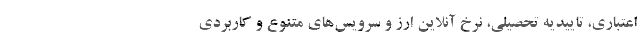
اعتباری، تاییدیه تحصیلی، نرخ آنلاین ارز و سرویس‌های متنوع و کاربردی